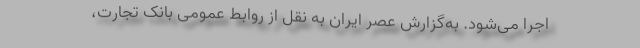
اجرا می‌شود. به‌گزارش عصر ایران به نقل از روابط عمومی بانک تجارت،